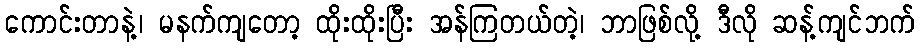
ကောင်းတာနဲ့၊ မနက်ကျတော့ ထိုးထိုးပြီး အန်ကြတယ်တဲ့၊ ဘာဖြစ်လို့ ဒီလို ဆန့်ကျင်ဘက်